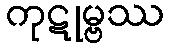
ကုဋုမ္ဗဿ